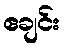
ဧချင်း